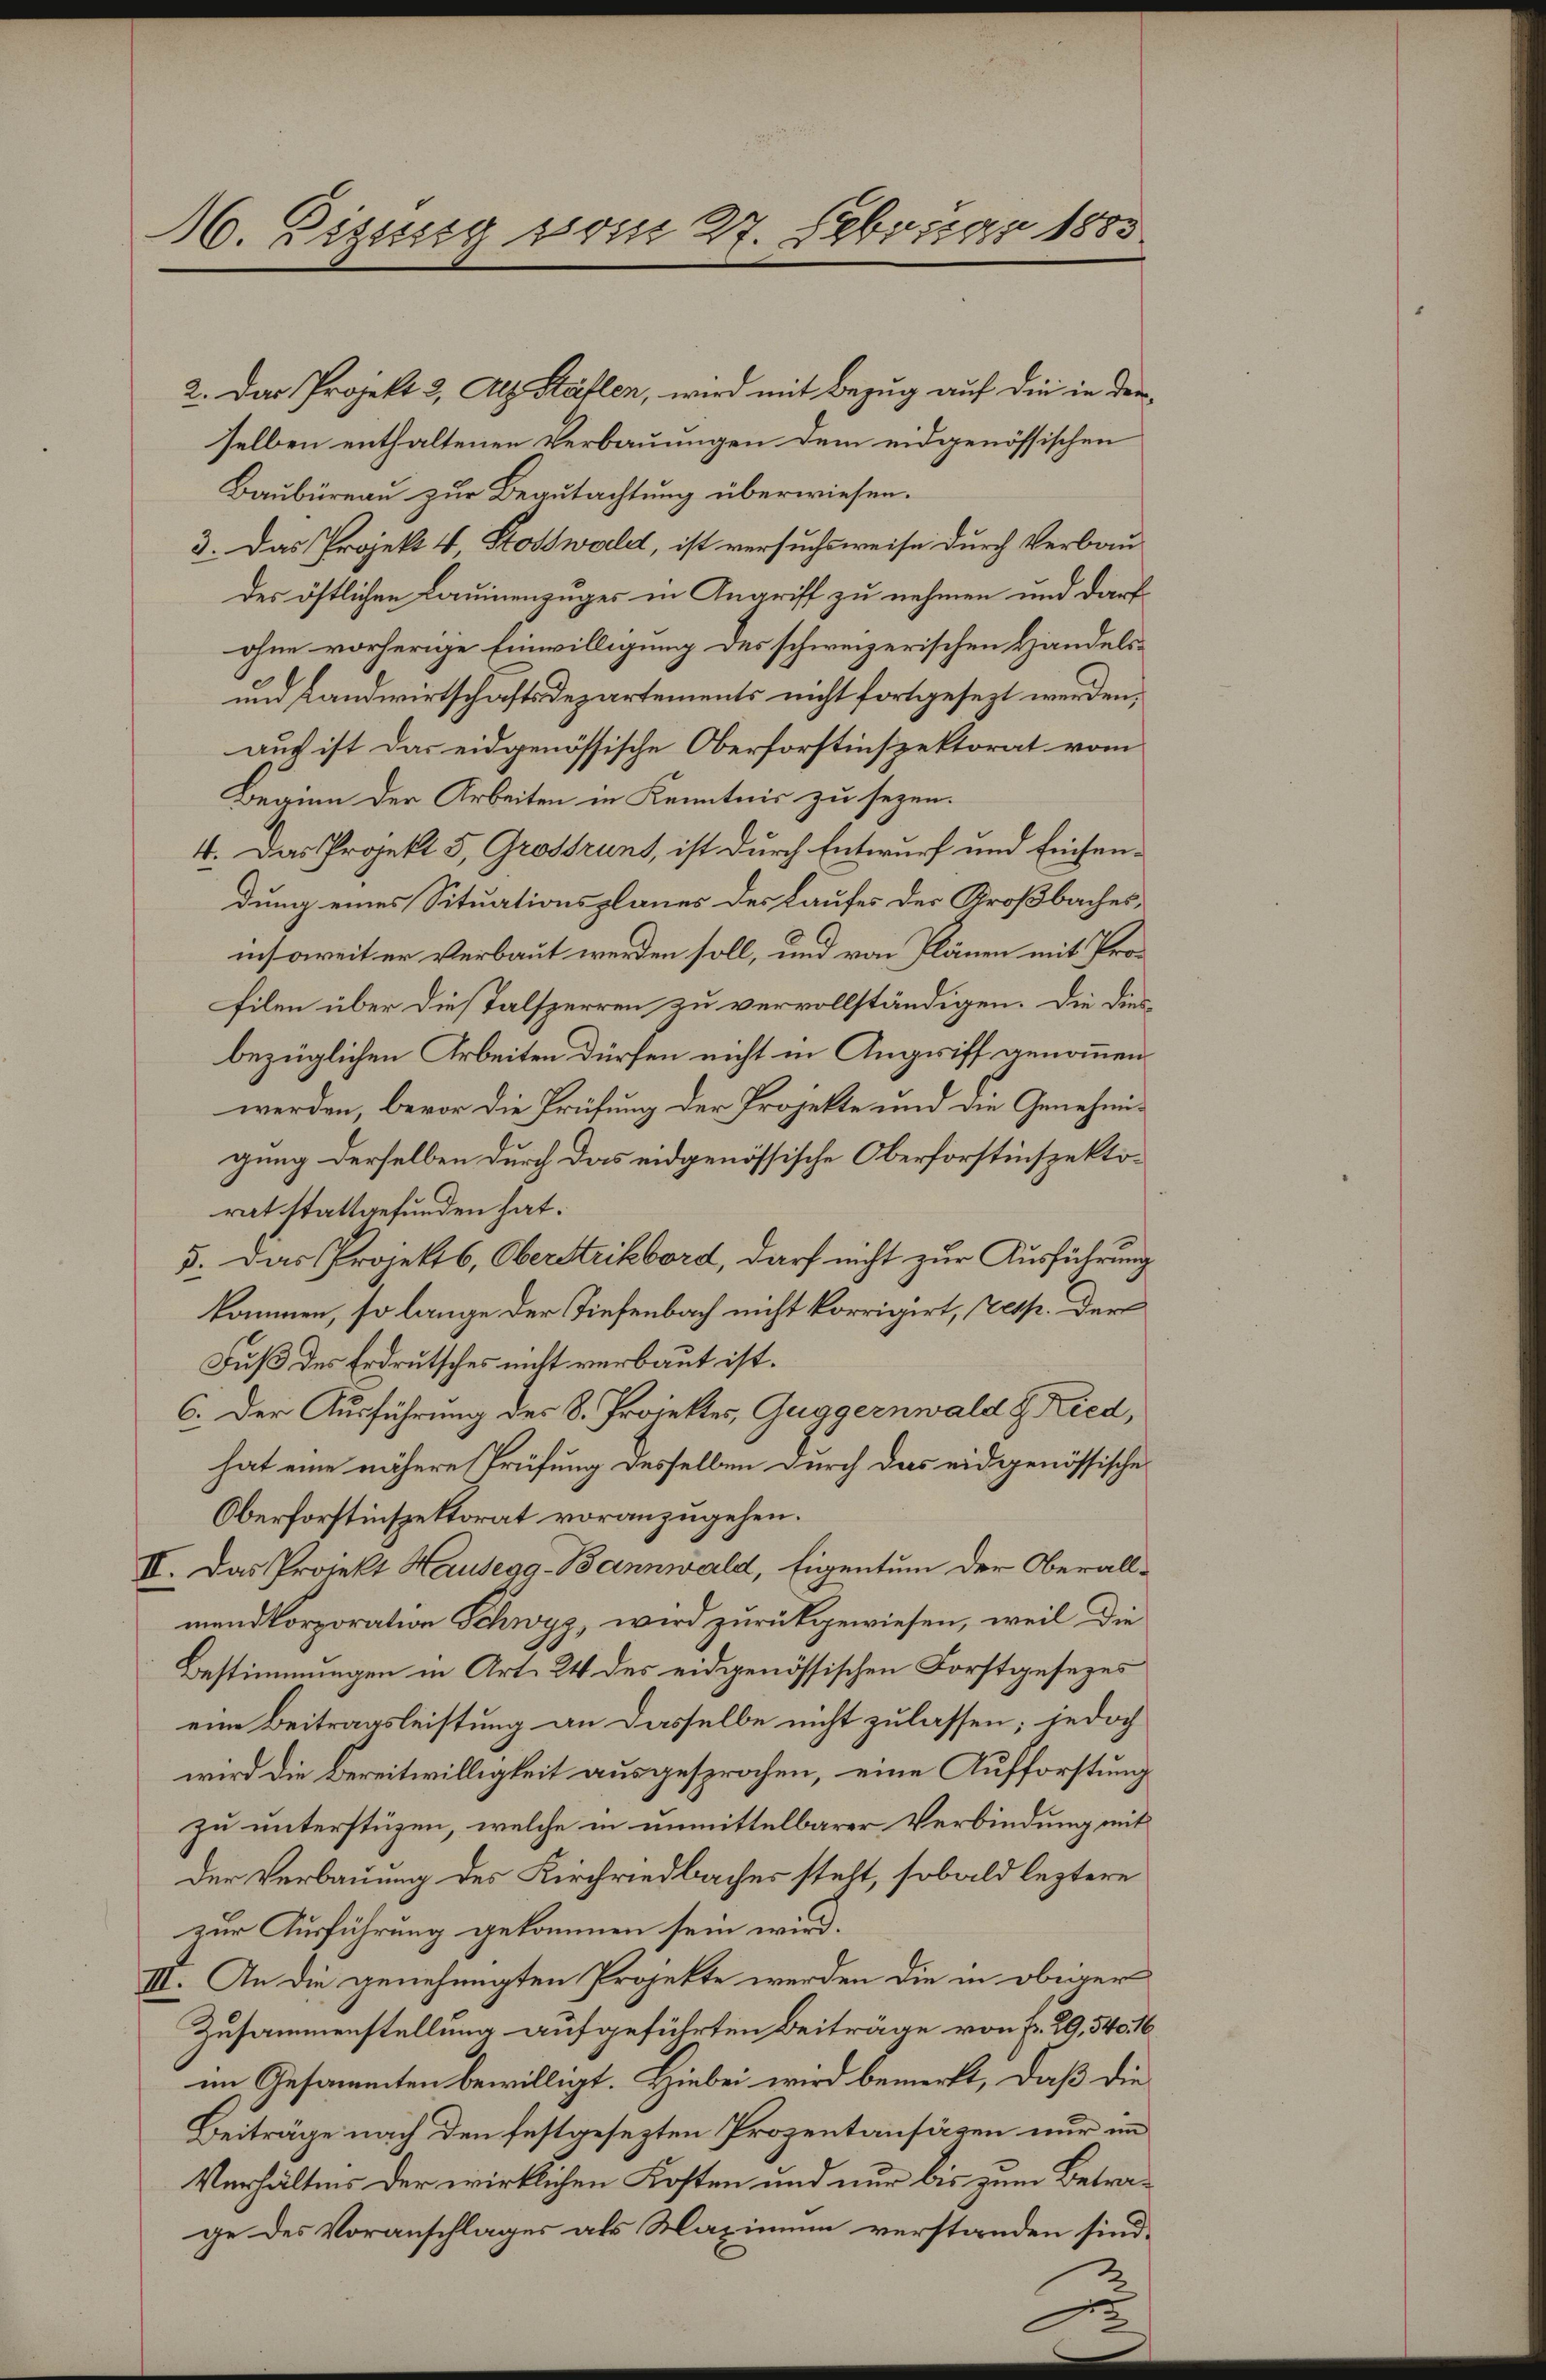
M. Zizung vom 27. Februar 1883

2. Das Projekt 2, Alz Ställen, wird mit Bezug auf die in den
selben enthaltenen Verbauungen dem eidgenössischen
Baubureau zur Begutachtung überwiesen.
3. Das Projekt 4 Stosswald, ist versuchsweise durch Verbaudes östlichen Laumenzuges in Angriff zu nehmen und darf
ohne vorherige Einwilligung des schweizerischen Handels¬
und Landwirtschaftsdepartements nicht fortgesezt werden,
auf ist das eidgenössische Oberforstinspektorat vom
Beginn der Arbeiten in Kenntnis zu sezen.
4. Das Projekt 3, Grossrunt, ist durch Entwurf und Einsendung eines Situationsplanes des Laufes der Großbaches,
insoweit er verbaut werden soll, und von Plänen mit Profilen über dies Talsperren zu vervollständigen. Die diesbezüglichen Arbeiten dürfen nicht in Angriff genommen
werden, bevor die Prüfung der Projekte und die Genehmigung derselben durch das eidgenössische Oberforstinspektorat stattgefunden hat.
5. Das Projekts, Oberstrikbord, darf nicht zur Ausführung
kommen, so lange der Tiefenbach nicht korrigirt, presp. der
Fuß des Erdrutsches nicht verbaut ist.
C. Der Ausführung des 8. Projektes, Guggernwald & Ried,
hat eine nähere Prüfung desselben durch das eidgenössische
Oberforstinspektorat voranzugehen.
IV. Das Projekt Hausegg-Bannwald, Eigentum der Oberallmendkorporation Schwyz, wird zurückgewiesen, weil die
Bestimmungen in Art. 24 des eidgenössischen Forstgesezes
eine Beitragsleistung an dasselbe nicht zulassen; jedoch
wird die Bereitwilligkeit ausgesprochen, eine Aufforstung
zu unterstüzen, welche in unmittelbarer Verbindung mit
der Verbauung des Kirchriedbaches stelt, sobald leztere
zur Ausführung gekommen sein wird.
III. An die genehmigten Projekte werden die in obiger
Zusammenstellung aufgeführten Beiträge von p. 29,540. 16
im Gesammten bewilligt. Hiebei wird bemerkt, daß die
Beiträge nach den festgesezten Prozentansägen nur im
Verhältnis der wirklichen Kosten und nur bis zum Betrage des Voranschlages als Maximum verstanden sind.